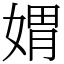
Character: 媦